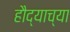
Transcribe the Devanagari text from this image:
हौद्याच्या